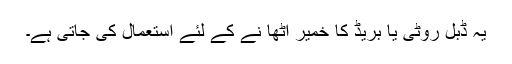
یہ ڈبل روٹی یا بریڈ کا خمیر اٹھا نے کے لئے استعمال کی جاتی ہے۔